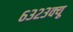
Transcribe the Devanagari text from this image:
६३२३क्यू